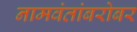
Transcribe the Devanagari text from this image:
नामवंतांबरोबर